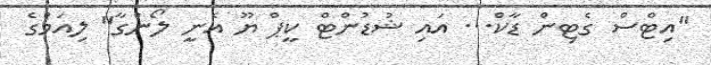
"އިޓްސް ގެޓިން ޑާކް... އައި ޝުޑުންޓް ކީޕް ޔޫ އެނީ ލޯންގާ" ލިއަމްގެ